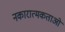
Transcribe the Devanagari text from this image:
नकारात्मकताओं